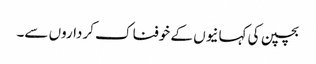
بچپن کی کہانیوں کے خوفناک کرداروں سے۔